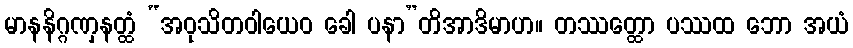
မာနနိဂ္ဂဏှနတ္ထံ “အဝုသိတဝါယေဝ ခေါ ပနာ”တိအာဒိမာဟ။ တဿတ္ထော ပဿထ ဘော အယံ